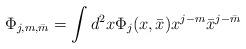
LaTeX: \begin{align*}\Phi _{j,m,\bar m}=\int d^2x\Phi _j(x,\bar x)x^{j-m}\bar x^{j-\bar m}\end{align*}